General report no. 6 on the lunatic asylums, vaccination and dispensaries in the Bengal Presidency, 1873 -
Year: 1873
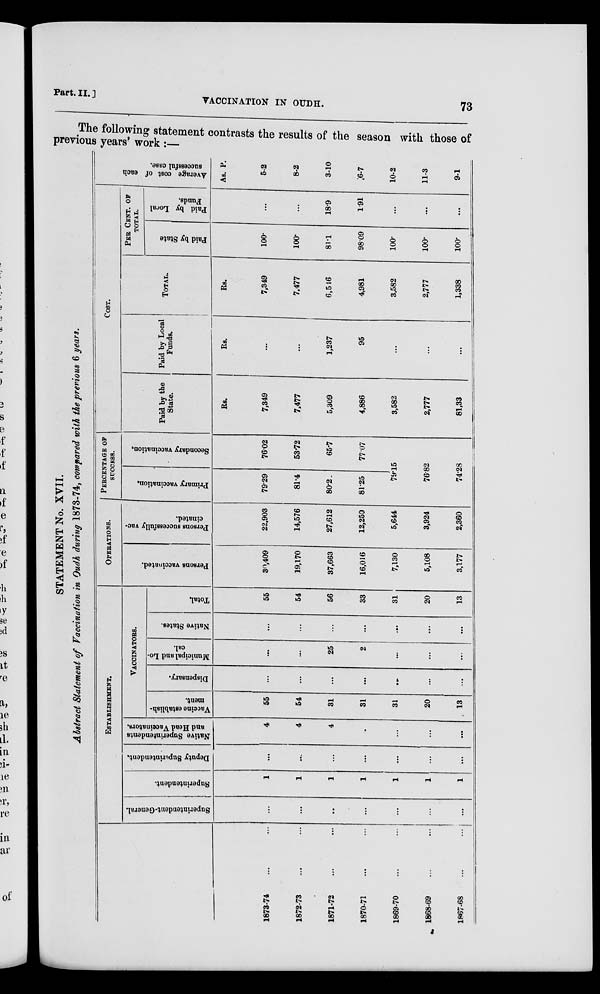
Part. II.]
VACCINATION IN OUDH.
73
The
following
statement
contrast
the
result
of
the
season
with
those
of
previous
years'
work
:—
STATEMENT No. XVII.
Abstract Statement of Vaccination in Oudh during 1873-74, compared with the previous 6 years.
1873-74 ... ...
1872-73 ... ...
1871-72 ... ...
1870-71 ... ...
1869-70 ... ...
1868-69 ... ...
1867-68
...
...
ESTABLISHMENT.
Superintendent-General.
...
...
...
...
...
...
...
Superintendent.
1
1
1
1
1
1
1
Deputy Superintendent.
...
...
...
...
...
...
...
Native Superintendents
and Head Vaccinators.
4
4
4
...
...
...
...
VACCINATORS.
Vaccine establish-
ment.
55
54
31
31
31
20
13
Dispensary.
...
...
...
...
...
...
...
Municipal and Lo-
cal.
...
...
25
2
...
...
...
Native States.
...
...
...
...
...
...
...
Total
55
54
56
33
31
20
13
OPERATIONS.
Persons vaccinated.
30,409
19,170
37,663
16,016
7,130
5,108
3,177
Persons successfully vac-
cinated.
22,903
14,576
27,612
12,250
5,644
3,924
2,360
PERCENTAGE OF
SUCCESS.
Primary vaccination.
79.29
81.4
80.2
81.25
Secondary vaccination.
76.2
53.72
65.7
77.07
79.15
76.82
74.28
COST.
Paid by the
State.
Rs.
7,349
7,477
5,309
4,886
3,582
2,777
81,33
Paid by Local
Funds.
Rs.
...
...
1,237
95
...
...
...
TOTAL.
Rs.
7,349
7,477
6,546
4,981
3,582
2,777
1,338
PER CENT. OF
TOTAL.
Paid by State
100.
100.
81.1
98.09
100.
100.
100.
Paid by Loral
Funds.
...
...
18.9
1.91
...
...
...
Aver age cost of each
successful case.
As. P.
5-2
8-2
3-10
6-7
10-2
11-3
9-1